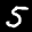
Label: 5